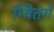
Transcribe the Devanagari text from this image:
म्यितंगे